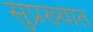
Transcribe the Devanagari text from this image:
सुप्रख्यात